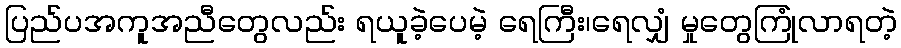
ပြည်ပအကူအညီတွေလည်း ရယူခဲ့ပေမဲ့ ရေကြီး၊ရေလျှံ မှုတွေကြုံလာရတဲ့